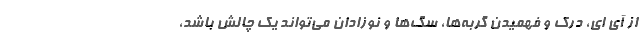
از آی ای، درک و فهمیدن گربه‌ها، سگ‌ها و نوزادان می‌تواند یک چالش باشد،